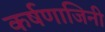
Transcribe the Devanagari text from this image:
कर्षणाजिनी